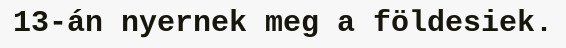
13-án nyernek meg a földesiek.